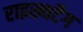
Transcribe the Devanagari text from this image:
राइख्यटैग